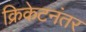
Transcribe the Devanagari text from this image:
क्रिकेटनंतर